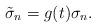
LaTeX: \begin{align*}\tilde{\sigma}_n=g(t)\sigma_n.\end{align*}